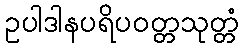
ဥပါဒါနပရိပဝတ္တသုတ္တံ